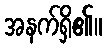
အနက်ရှိ၏။